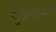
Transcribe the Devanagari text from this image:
गुआन्टानामो